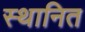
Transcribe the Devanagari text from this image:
स्थानित